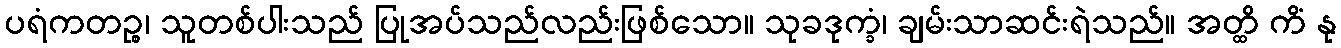
ပရံကတဉ္စ၊ သူတစ်ပါးသည် ပြုအပ်သည်လည်းဖြစ်သော။ သုခဒုက္ခံ၊ ချမ်းသာဆင်းရဲသည်။ အတ္ထိ ကိံ နု